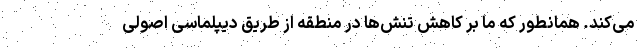
می‌کند. همانطور که ما بر کاهش تنش‌ها در منطقه از طریق دیپلماسی اصولی